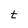
Character: t